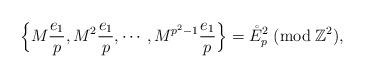
LaTeX: \begin{align*}\Big\{M\frac{e_1}{p},M^2\frac{e_1}{p},\cdots,M^{p^2-1}\frac{e_1}{p}\Big\}=\mathring{E}_p^2\;({\rm mod} \;\mathbb{Z}^2),\end{align*}